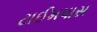
ટાઈમપાસ